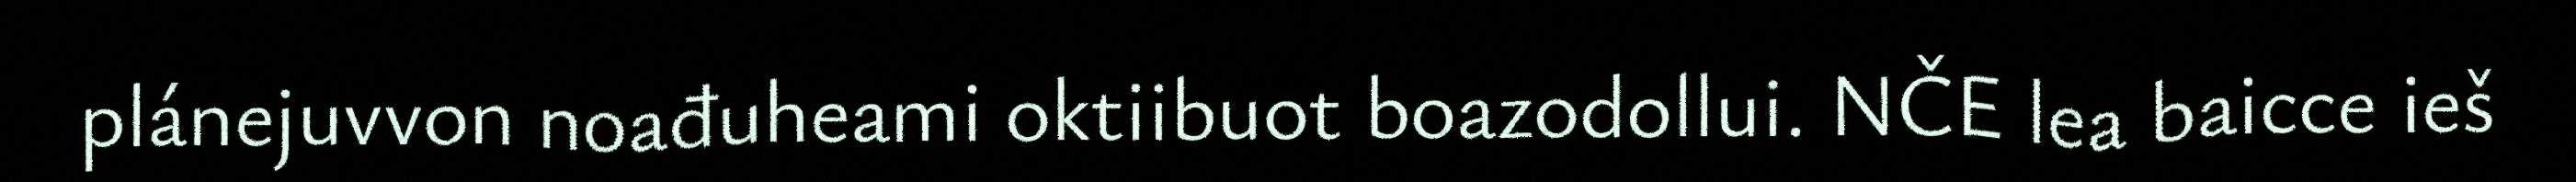
plánejuvvon noađuheami oktiibuot boazodollui. NČE lea baicce ieš